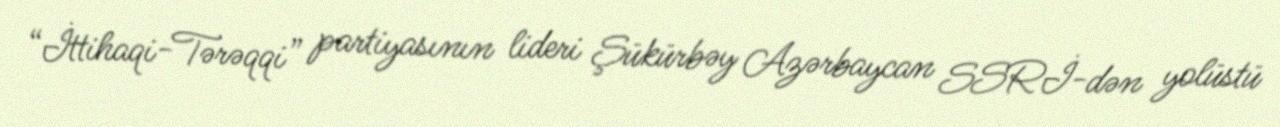
“İttihaqi-Tərəqqi” partiyasının lideri Şükürbəy Azərbaycan SSRİ-dən yolüstü